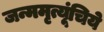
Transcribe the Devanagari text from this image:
जन्ममृत्यूंचिये